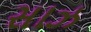
સાઝ